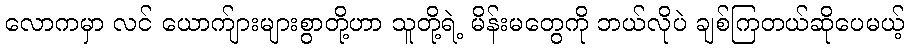
လောကမှာ လင် ယောက်ျားများစွာတို့ဟာ သူတို့ရဲ့ မိန်းမတွေကို ဘယ်လိုပဲ ချစ်ကြတယ်ဆိုပေမယ့်